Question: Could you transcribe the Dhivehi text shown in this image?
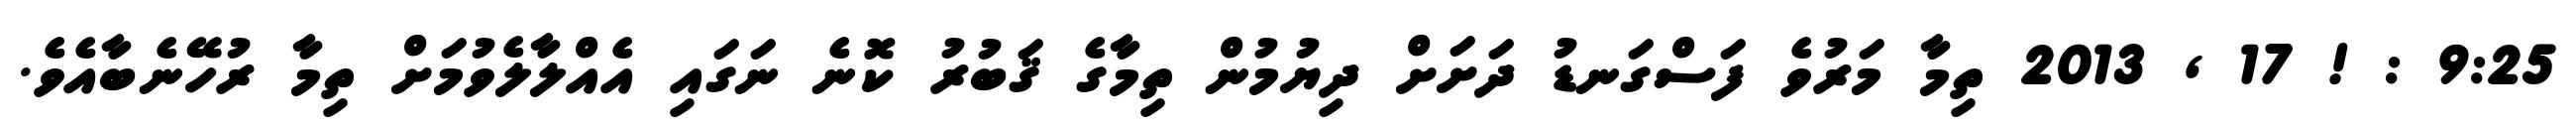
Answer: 9:25 : ! 17 , 2013 ތިމާ މަރުވެ ފަސްގަނޑު ދަށަށް ދިޔުމުން ތިމާގެ ޤަބުރު ކޮނެ ނަގައި އެއްލާލެވުމަށް ތިމާ ރުހޭނެބާއެވެ.